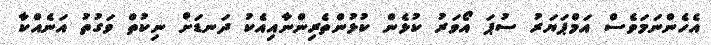
އެހެންނަމަވެސް އަމްޕަޔަރު ސުޕަ އޯވަރު ކުޅެން ކުޅުންތެރިންނާއިއެކު ދަނޑަށް ނިކުތް ވަގުތު އަނެއްކާ